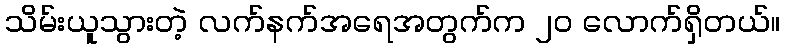
သိမ်းယူသွားတဲ့ လက်နက်အရေအတွက်က ၂၀ လောက်ရှိတယ်။